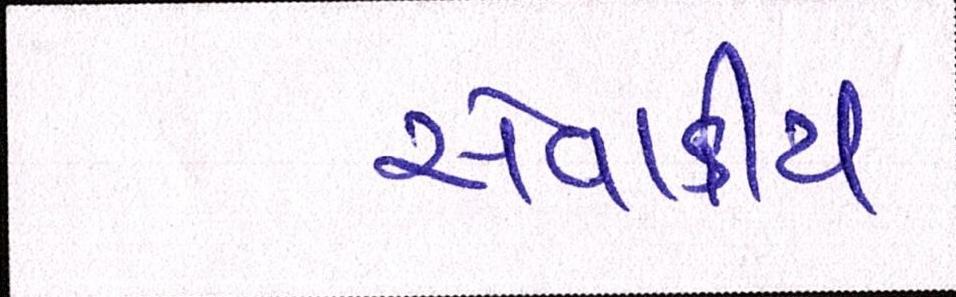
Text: સેવાકીય